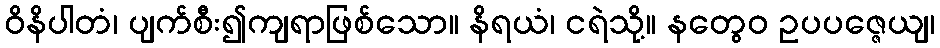
ဝိနိပါတံ၊ ပျက်စီး၍ကျရာဖြစ်သော။ နိရယံ၊ ငရဲသို့။ နတွေဝ ဥပပဇ္ဇေယျ၊